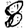
Digit: 8